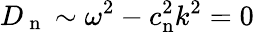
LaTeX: D_{\mathrm{~n~}}\sim\omega^{2}-c_{\mathrm{n}}^{2}k^{2}=0